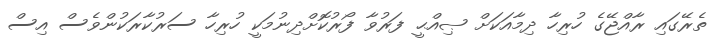
ތެރޭގައި ރާއްޖޭގެ ހުރިހާ ދިމާއަކަށް ޞިއްޙީ ފަރުވާ ފޯރުކޮށްދިނުމަކީ ހުރިހާ ސަރުކާރަކުންވެސް އިސް